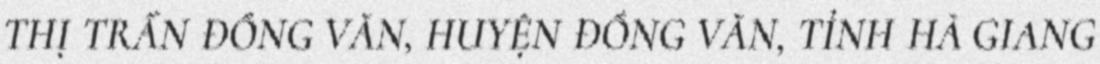
THỊ TRẤN ĐỒNG VĂN, HUYỆN ĐỒNG VĂN, TỈNH HÀ GIANG